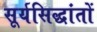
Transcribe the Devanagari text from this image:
सूर्यसिद्धांतों